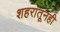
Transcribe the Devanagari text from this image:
शहरातूनही